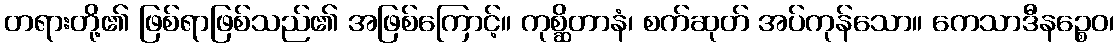
တရားတို့၏ ဖြစ်ရာဖြစ်သည်၏ အဖြစ်ကြောင့်။ ကုစ္ဆိတာနံ၊ စက်ဆုတ် အပ်ကုန်သော။ ကေသာဒီနဉ္စေဝ၊